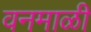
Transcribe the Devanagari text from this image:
वनमाळी